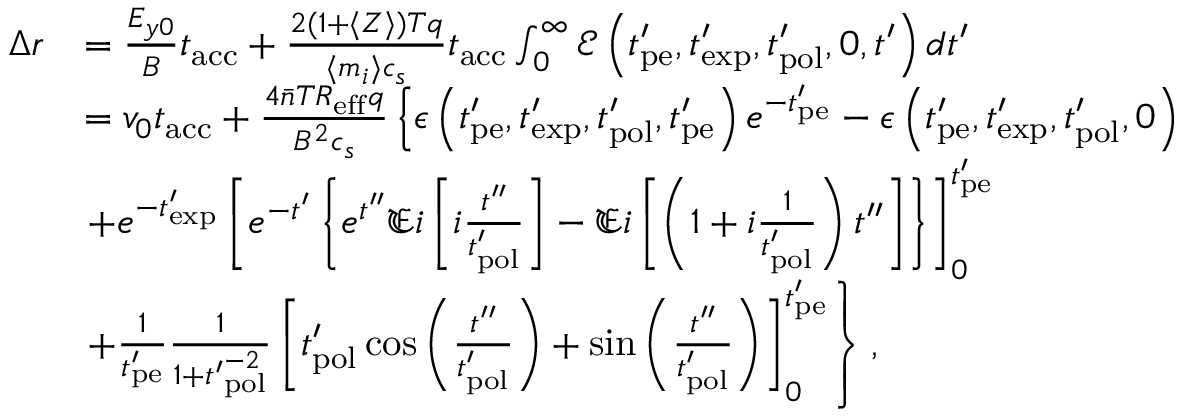
\begin{array} { r l } { \Delta r } & { = \frac { E _ { y 0 } } { B } t _ { \mathrm { a c c } } + \frac { 2 ( 1 + \langle Z \rangle ) T q } { \langle m _ { i } \rangle c _ { s } } t _ { \mathrm { a c c } } \int _ { 0 } ^ { \infty } \mathcal { E } \left( t _ { \mathrm { p e } } ^ { \prime } , t _ { \mathrm { e x p } } ^ { \prime } , t _ { \mathrm { p o l } } ^ { \prime } , 0 , t ^ { \prime } \right) d t ^ { \prime } } \\ & { = v _ { 0 } t _ { \mathrm { a c c } } + \frac { 4 \bar { n } T R _ { \mathrm { e f f } } q } { B ^ { 2 } c _ { s } } \left\{ \epsilon \left( t _ { \mathrm { p e } } ^ { \prime } , t _ { \mathrm { e x p } } ^ { \prime } , t _ { \mathrm { p o l } } ^ { \prime } , t _ { \mathrm { p e } } ^ { \prime } \right) e ^ { - t _ { \mathrm { p e } } ^ { \prime } } - \epsilon \left( t _ { \mathrm { p e } } ^ { \prime } , t _ { \mathrm { e x p } } ^ { \prime } , t _ { \mathrm { p o l } } ^ { \prime } , 0 \right) \right. } \\ & { \left. + e ^ { - t _ { \mathrm { e x p } } ^ { \prime } } \left[ e ^ { - t ^ { \prime } } \left\{ e ^ { t ^ { \prime \prime } } \mathfrak { E i } \left[ i \frac { t ^ { \prime \prime } } { t _ { \mathrm { p o l } } ^ { \prime } } \right] - \mathfrak { E i } \left[ \left( 1 + i \frac { 1 } { t _ { \mathrm { p o l } } ^ { \prime } } \right) t ^ { \prime \prime } \right] \right\} \right] _ { 0 } ^ { t _ { \mathrm { p e } } ^ { \prime } } \right. } \\ & { \left. + \frac { 1 } { t _ { \mathrm { p e } } ^ { \prime } } \frac { 1 } { 1 + { t ^ { \prime } } _ { \mathrm { p o l } } ^ { - 2 } } \left[ t _ { \mathrm { p o l } } ^ { \prime } \cos { \left( \frac { t ^ { \prime \prime } } { t _ { \mathrm { p o l } } ^ { \prime } } \right) } + \sin { \left( \frac { t ^ { \prime \prime } } { t _ { \mathrm { p o l } } ^ { \prime } } \right) } \right] _ { 0 } ^ { t _ { \mathrm { p e } } ^ { \prime } } \right\} , } \end{array}